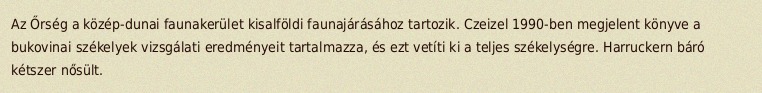
Az Őrség a közép-dunai faunakerület kisalföldi faunajárásához tartozik. Czeizel 1990-ben megjelent könyve a bukovinai székelyek vizsgálati eredményeit tartalmazza, és ezt vetíti ki a teljes székelységre. Harruckern báró kétszer nősült.